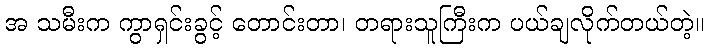
အ သမီးက ကွာရှင်းခွင့် တောင်းတာ၊ တရားသူကြီးက ပယ်ချလိုက်တယ်တဲ့။